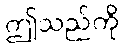
ဤသည်ကို